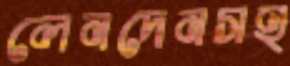
লেনদেনসহ